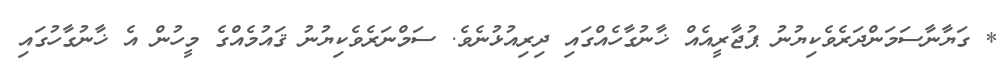
* ގަޔާނާސަމަންދަރެވެކިޔުނު ޕުޖާރީއެއް ޚާނުގާހެއްގައި ދިރިއުޅުނެވެ. ސަމްނަރެވެކިޔުނު ޤައުމެއްގެ މީހުން އެ ޚާނުގާހުގައި